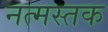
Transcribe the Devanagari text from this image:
नत्मस्तक